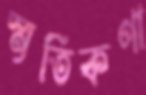
স্মৃতিকণা